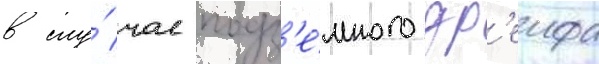
в слу́чае подз'е́много др'еифа